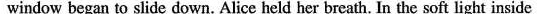
window began to slide down. Alice held her breath. In the soft light inside